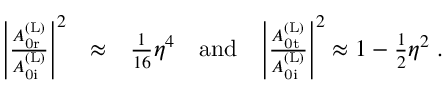
\begin{array} { r l r } { \Bigg | \frac { A _ { \mathrm { 0 r } } ^ { \mathrm { ( L ) } } } { A _ { \mathrm { 0 i } } ^ { \mathrm { ( L ) } } } \Bigg | ^ { 2 } } & { \approx } & { \frac { 1 } { 1 6 } \eta ^ { 4 } \quad \mathrm { a n d } \quad \Bigg | \frac { A _ { \mathrm { 0 t } } ^ { \mathrm { ( L ) } } } { A _ { \mathrm { 0 i } } ^ { \mathrm { ( L ) } } } \Bigg | ^ { 2 } \approx 1 - \frac { 1 } { 2 } \eta ^ { 2 } \; . } \end{array}